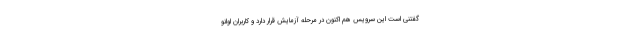
گفتنی است این سرویس هم اکنون در مرحله آزمایش قرار دارد و کاربران اوانو